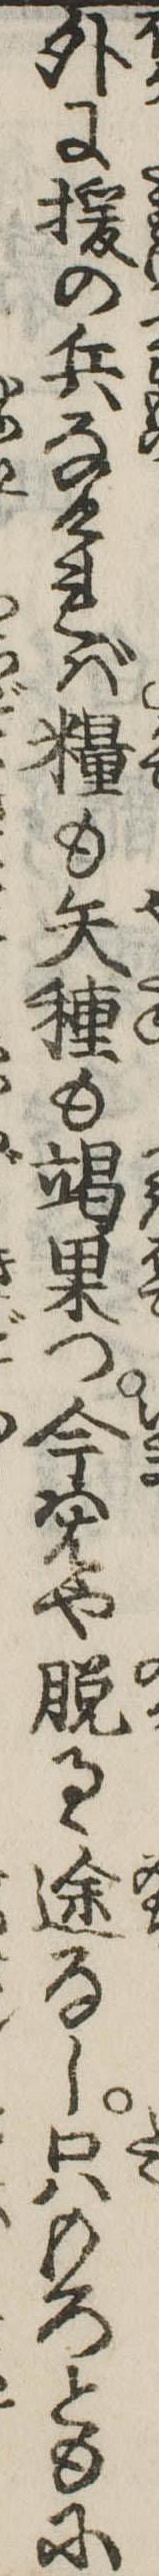
外に援の兵なければ糧も矢種も竭果つ今ははや脱るゝ途なし只もろともに